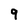
Character: 9